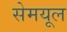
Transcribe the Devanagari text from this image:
सेमयूल